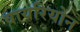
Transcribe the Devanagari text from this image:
वायरियोन